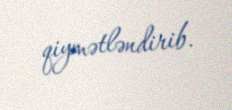
qiymətləndirib.